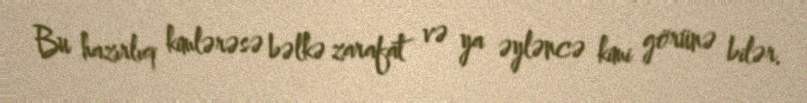
Bu hazırlıq kimlərəsə bəlkə zarafat və ya əyləncə kimi görünə bilər.